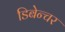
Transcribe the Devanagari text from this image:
डिबेन्‍चर